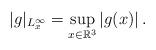
LaTeX: \begin{align*}|g|_{L_{x}^{\infty}}=\sup_{x\in{\mathbb{R}^{3}}}|g(x)|\,.\end{align*}